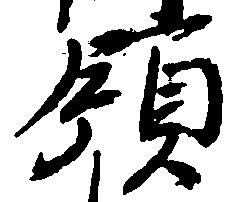
領